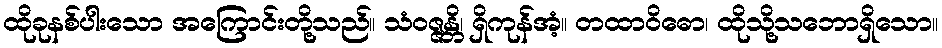
ထိုခုနစ်ပါးသော အကြောင်းတို့သည်။ သံဝဇ္ဇန္တိ၊ ရှိကုန်အံ့။ တထာဝိဓော၊ ထိုသို့သဘောရှိသော။